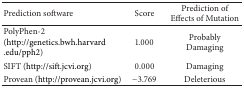
<table><thead><tr><td><b>Prediction software</b></td><td><b>Score</b></td><td><b>Prediction of Effects of Mutation</b></td></tr></thead><tbody><tr><td>PolyPhen-2 (http://genetics.bwh.harvard.edu/pph2)</td><td>1.000</td><td>Probably Damaging</td></tr><tr><td>SIFT (http://sift.jcvi.org)</td><td>0.000</td><td>Damaging</td></tr><tr><td>Provean (http://provean.jcvi.org)</td><td>−3.769</td><td>Deleterious</td></tr></tbody></table>